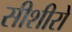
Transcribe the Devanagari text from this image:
सीशीरो